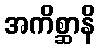
အကိစ္ဆာနိ